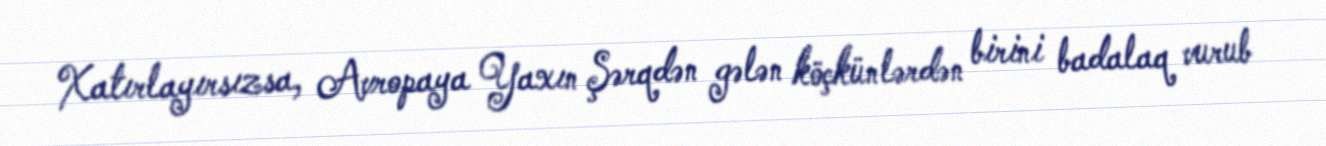
Xatırlayırsızsa, Avropaya Yaxın Şərqdən gələn köçkünlərdən birini badalaq vurub